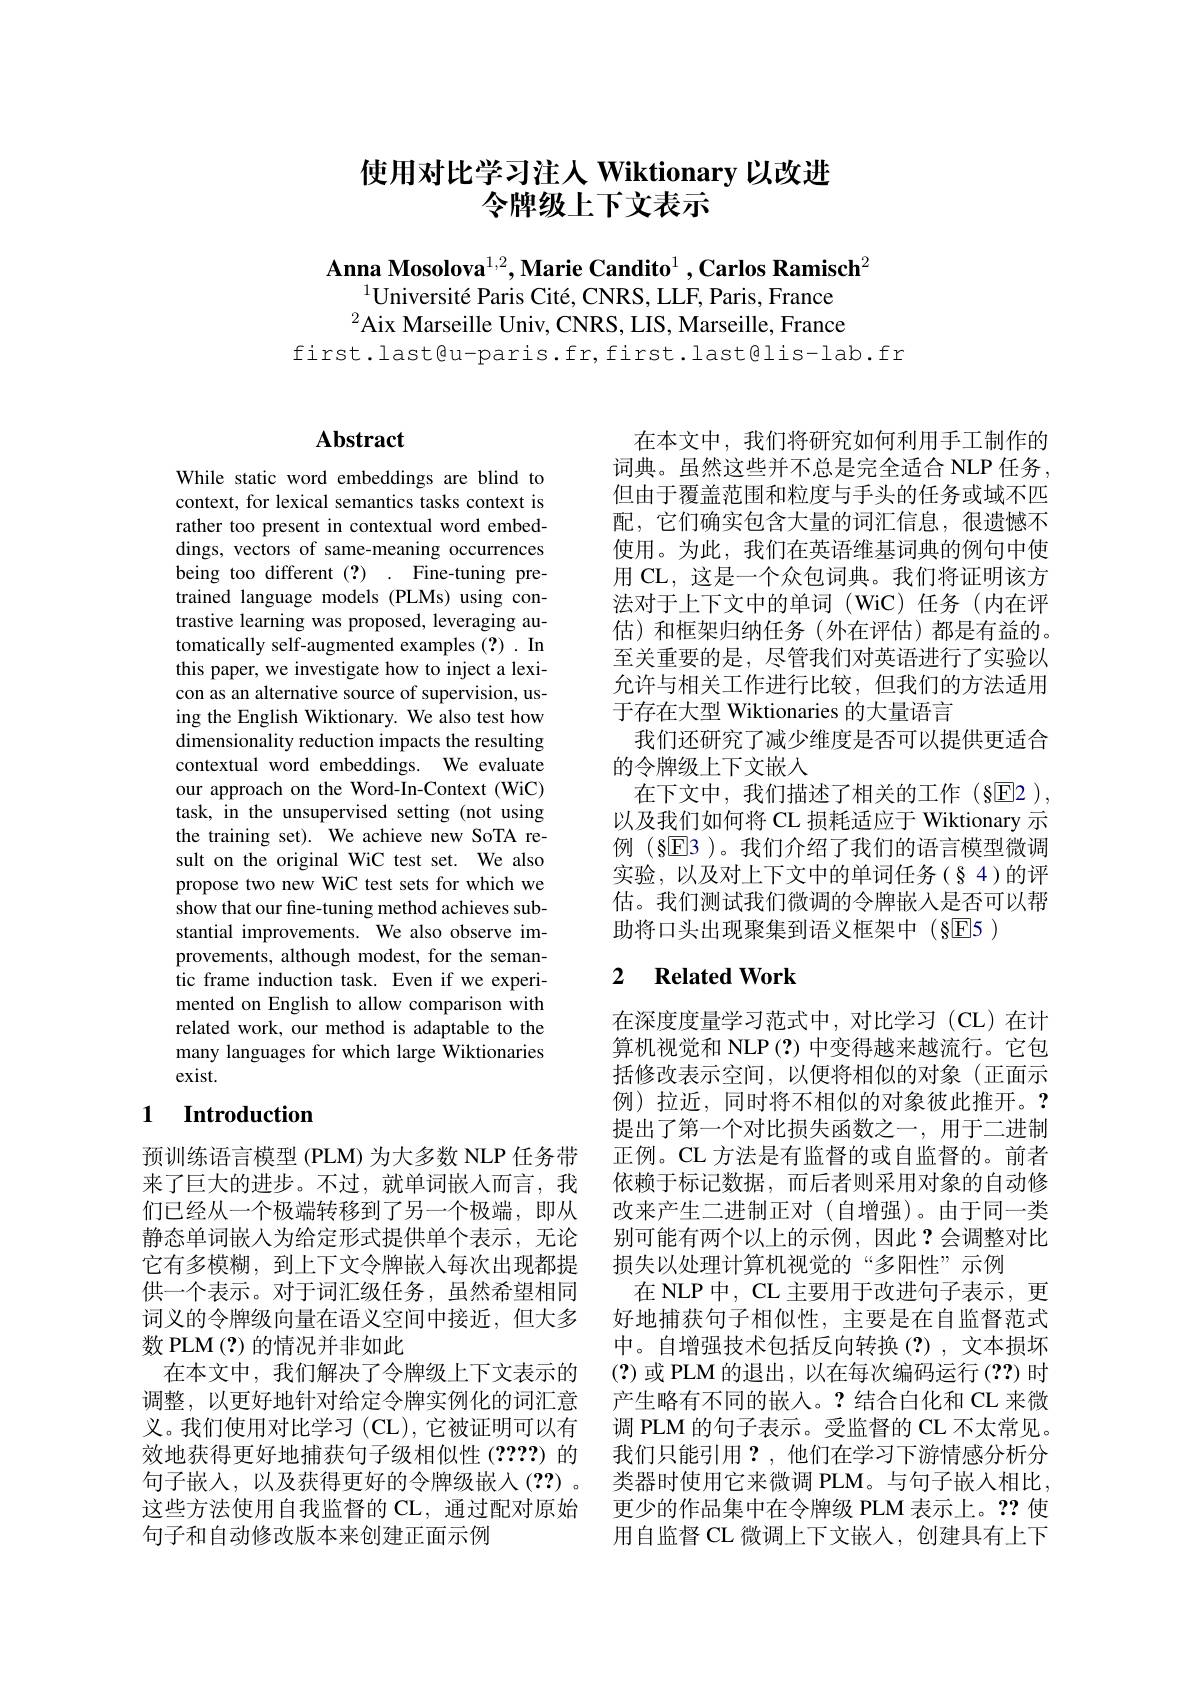
# 使用对比学习注人 Wiktionary 以改进令牌级上下文表示

$\textbf{Anna Mosolova}^{1,2},\textbf{Marie Candito}^1,\textbf{Carlos Ramisch}^2$
$^{1}\text{Universit\'{e} Paris Cit\'{e} , CNRS, LLF, Paris, France}$ $^{2}$Aix Marseille Univ, CNRS, LIS, Marseille, France
first.last@u-paris.fr,first.last@lis-lab.fr

### $\mathbf{Abstract}$

While static word embeddings are blind to context, for lexical semantics tasks context is rather too present in contextual word embeddings, vectors of same-meaning occurrences being too different (?) . Fine-tuning pretrained language models (PLMs) using contrastive learning was proposed, leveraging automatically self-augmented examples (?) . In this paper, we investigate how to inject a lexicon as an alternative source of supervision, using the English Wiktionary. We also test how dimensionality reduction impacts the resulting contextual word embeddings. We evaluate our approach on the Word-In-Context (WiC) task, in the unsupervised setting (not using the training set). We achieve new SoTA result on the original WiC test set. We also propose two new WiC test sets for which we show that our fine-tuning method achieves substantial improvements. We also observe improvements, although modest, for the semantic frame induction task. Even if we experimented on English to allow comparison with related work, our method is adaptable to the many languages for which large Wiktionaries exist.

## 1 Introduction

预训练语言模型 (PLM) 为大多数 NLP 任务带来了巨大的进步。不过，就单词嵌入而言，我们已经从一个极端转移到了另一个极端，即从静态单词嵌入为给定形式提供单个表示，无论它有多模糊，到上下文令牌嵌入每次出现都提供一个表示。对于词汇级任务，虽然希望相同词义的令牌级向量在语义空间中接近，但大多数 PLM (?) 的情况并非如此
在本文中，我们解决了令牌级上下文表示的调整，以更好地针对给定令牌实例化的词汇意义。我们使用对比学习(CL),它被证明可以有效地获得更好地捕获句子级相似性 (????)的句子嵌入，以及获得更好的令牌级嵌人(??)。这些方法使用自我监督的 CL, 通过配对原始句子和自动修改版本来创建正面示例

在本文中，我们将研究如何利用手工制作的词典。虽然这些并不总是完全适合 NLP 任务， 但由于覆盖范围和粒度与手头的任务或域不匹配，它们确实包含大量的词汇信息，很遗憾不使用。为此，我们在英语维基词典的例句中使用 CL, 这是一个众包词典。我们将证明该方法对于上下文中的单词(WiC)任务(内在评估)和框架归纳任务(外在评估)都是有益的。至关重要的是，尽管我们对英语进行了实验以允许与相关工作进行比较，但我们的方法适用于存在大型 Wiktionaries 的大量语言
我们还研究了减少维度是否可以提供更适合
的令牌级上下文嵌入
在下文中，我们描述了相关的工作(§回2), 以及我们如何将 CL 损耗适应于 Wiktionary 示例(§E3 )。我们介绍了我们的语言模型微调实验，以及对上下文中的单词任务(§4)的评估。我们测试我们微调的令牌嵌入是否可以帮助将口头出现聚集到语义框架中(§回5)

## 2 $\textbf{Related Work}$

在深度度量学习范式中，对比学习(CL)在计算机视觉和 NLP(?) 中变得越来越流行。它包括修改表示空间，以便将相似的对象(正面示例)拉近，同时将不相似的对象彼此推开。? 提出了第一个对比损失函数之一，用于二进制正例。CL 方法是有监督的或自监督的。前者依赖于标记数据，而后者则采用对象的自动修改来产生二进制正对(自增强)。由于同一类别可能有两个以上的示例，因此？会调整对比损失以处理计算机视觉的“多阳性”示例
在 NLP 中，CL 主要用于改进句子表示，更好地捕获句子相似性，主要是在自监督范式中。自增强技术包括反向转换(?),文本损坏(?)或 PLM 的退出，以在每次编码运行(??)时产生略有不同的嵌入。?结合白化和 CL 来微调 PLM 的句子表示。受监督的 CL 不太常见。我们只能引用？,他们在学习下游情感分析分类器时使用它来微调 PLM。与句子嵌入相比， 更少的作品集中在令牌级 PLM 表示上。??使用自监督 CL 微调上下文嵌入，创建具有上下